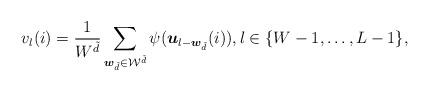
LaTeX: \begin{align*} v_{l}(i) = \frac{1}{W^{\tilde{d}}}\sum_{\boldsymbol{w}_{\tilde{d}}\in\mathcal{W}^{\tilde{d}}}\psi(\boldsymbol{u}_{l-\boldsymbol{w}_{\tilde{d}}}(i)), l\in\{W-1,\ldots,L-1\}, \end{align*}